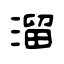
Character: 溜